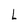
Character: L